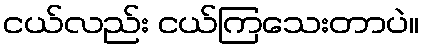
ငယ်လည်း ငယ်ကြသေးတာပဲ။